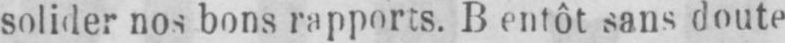
sans doute